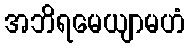
အဘိရမေယျာမဟံ